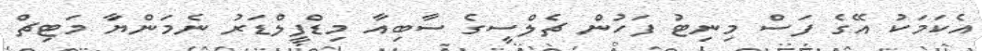
އެކަމަކު އޭގެ ފަސް މިނިޓު ފަހުން ޗެލްސީގެ ސާބިއާ މިޑްފީލްޑަރު ނެމަންޔާ މަޓިޗް